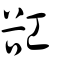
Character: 䜫